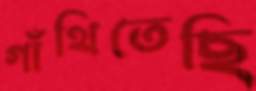
গাঁথিতেছি